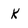
Character: k